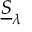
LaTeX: { \underline { { S } } } _ { \lambda }